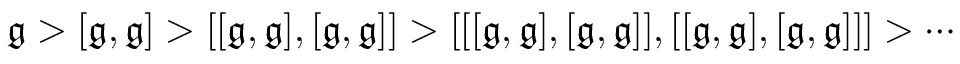
{ \mathfrak { g } } > [ { \mathfrak { g } } , { \mathfrak { g } } ] > [ [ { \mathfrak { g } } , { \mathfrak { g } } ] , [ { \mathfrak { g } } , { \mathfrak { g } } ] ] > [ [ [ { \mathfrak { g } } , { \mathfrak { g } } ] , [ { \mathfrak { g } } , { \mathfrak { g } } ] ] , [ [ { \mathfrak { g } } , { \mathfrak { g } } ] , [ { \mathfrak { g } } , { \mathfrak { g } } ] ] ] > \cdots